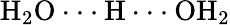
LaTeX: \mathrm{{H_{2}O\cdot\cdot\cdot H\cdot\cdot\cdot OH_{2}}}